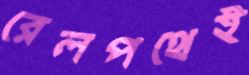
রেলপথেই